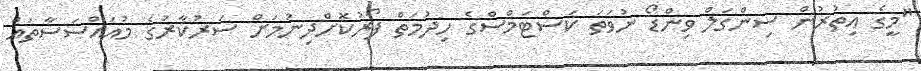
"މީގެ އިތުރުން ސިންގަލް ވިންޑޯ ނުވަތަ ކަސްޓަމްސްގެ ހިދުމަތް ފޯރުކޮށްދިނުމަށް ސަރުކާރުގެ މުއައްސަސާތައް